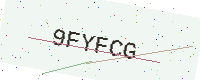
Text: 9FYFCG